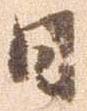
日